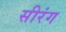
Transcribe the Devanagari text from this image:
सीरंग